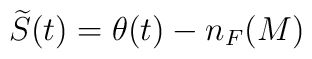
\widetilde{S}(t) = \theta(t) - n_{F}(M)